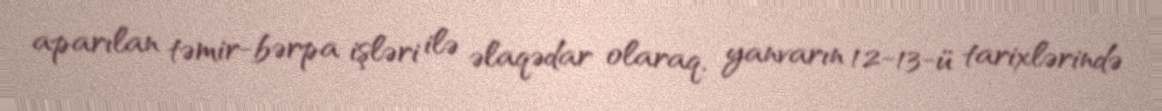
aparılan təmir-bərpa işləri ilə əlaqədar olaraq, yanvarın 12-13-ü tarixlərində